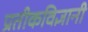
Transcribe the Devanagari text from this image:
प्रतीकविज्ञानी